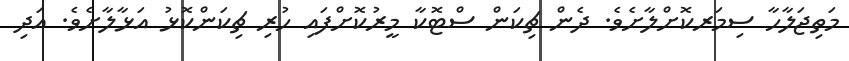
މަތިޖަލާހާ ސިމަރކޮށްލާށެވެ. ދެން ޗިކަން ސްޓޮކާ މީރުކޮށްފައި ހުރި ޗިކަންކޮޅު އަޅާލާށެވެ. އަދި